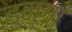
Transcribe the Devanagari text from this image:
डुन्गा